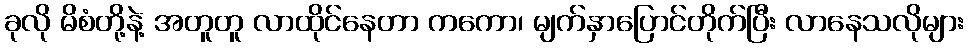
ခုလို မိစံတို့နဲ့ အတူတူ လာထိုင်နေတာ ကကော၊ မျက်နှာပြောင်တိုက်ပြီး လာနေသလိုများ